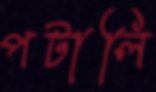
পটালি